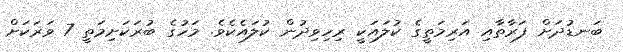
ބަނޑުދަށް ފަރާތާއި އަރިމަތީގެ ކުލައަކީ ރިހިވިދުން ކުލައެކެވެ. މަހުގެ ބުރަކަށިމަތީ 7 ވަރަކަށް